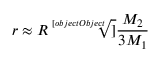
r \approx R { \sqrt [ [object Object] ] { \frac { M _ { 2 } } { 3 M _ { 1 } } } }